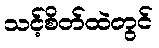
သင့်စိတ်ထဲတွင်